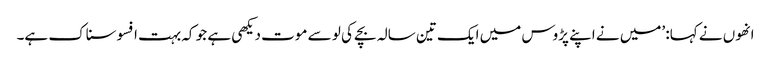
انھوں نے کہا: ’میں نے اپنے پڑوس میں ایک تین سالہ بچے کی لو سے موت دیکھی ہے جو کہ بہت افسوسناک ہے۔